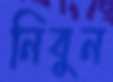
নিবুন